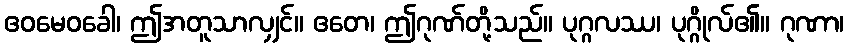
ဧဝမေဝခေါ၊ ဤအတူသာလျှင်။ ဧတေ၊ ဤဂုဏ်တို့သည်။ ပုဂ္ဂလဿ၊ ပုဂ္ဂိုလ်၏။ ဂုဏာ၊